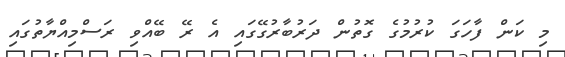
މި ކަން ފާހަގަ ކުރުމުގެ ގޮތުން ދަރުބާރުގޭގައި އެ ރޭ ބޭއްވި ރަސްމިއްޔާތުގައި